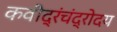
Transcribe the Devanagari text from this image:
कवीद्रंचंद्रोदय